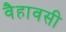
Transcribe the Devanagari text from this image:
वैहावसी